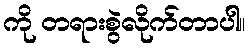
ကို တရားစွဲလိုက်တာပါ။